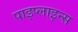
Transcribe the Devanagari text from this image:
पाइप्लाइन्स